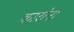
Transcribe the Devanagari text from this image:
कारांना